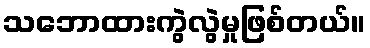
သဘောထားကွဲလွဲမှုဖြစ်တယ်။